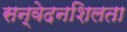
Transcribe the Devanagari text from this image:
सन्वेदनशिलता